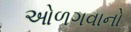
ઓળગવાનો